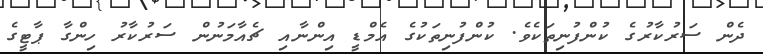
ދެން ސަރުކާރުގެ ކުންފުނިތަކެވެ. ކުންފުނިތަކުގެ އެމްޑީ އިންނާއި ޗެއާމަނުން ސަރުކާރު ހިންގާ ޕާޓީގެ